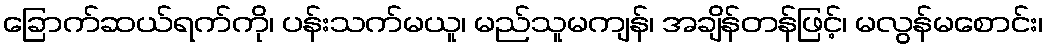
ခြောက်ဆယ်ရက်ကို၊ ပန်းသက်မယူ၊ မည်သူမကျန်၊ အချိန်တန်ဖြင့်၊ မလွန်မစောင်း၊